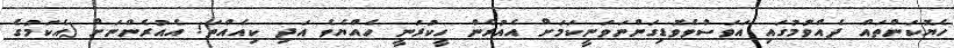
ހެޔޮކަންތައް ދެއްވުމުގައި އަވަސްވެވޮޑިގަންނަވަނީކަމަށް އެއުރެން ހީކުރަނީ ހެއްޔެވެ އަދި ކިއެއްތަ! އެއުރެންނަށް (އެކަމުގެ